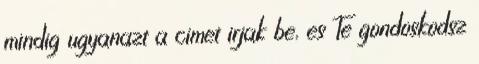
mindig ugyanazt a cimet irjak be, es Te gondoskodsz